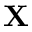
\mathbf { X }